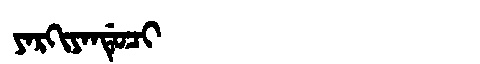
Manchu: ᠶᠠᡵᡴᡳᠶᠠᠨᡩᡠᠴᡳ
Romanization: YARKIYANDUCI